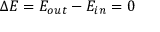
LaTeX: \Delta E = E _ { o u t } - E _ { i n } = 0